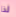
لذا